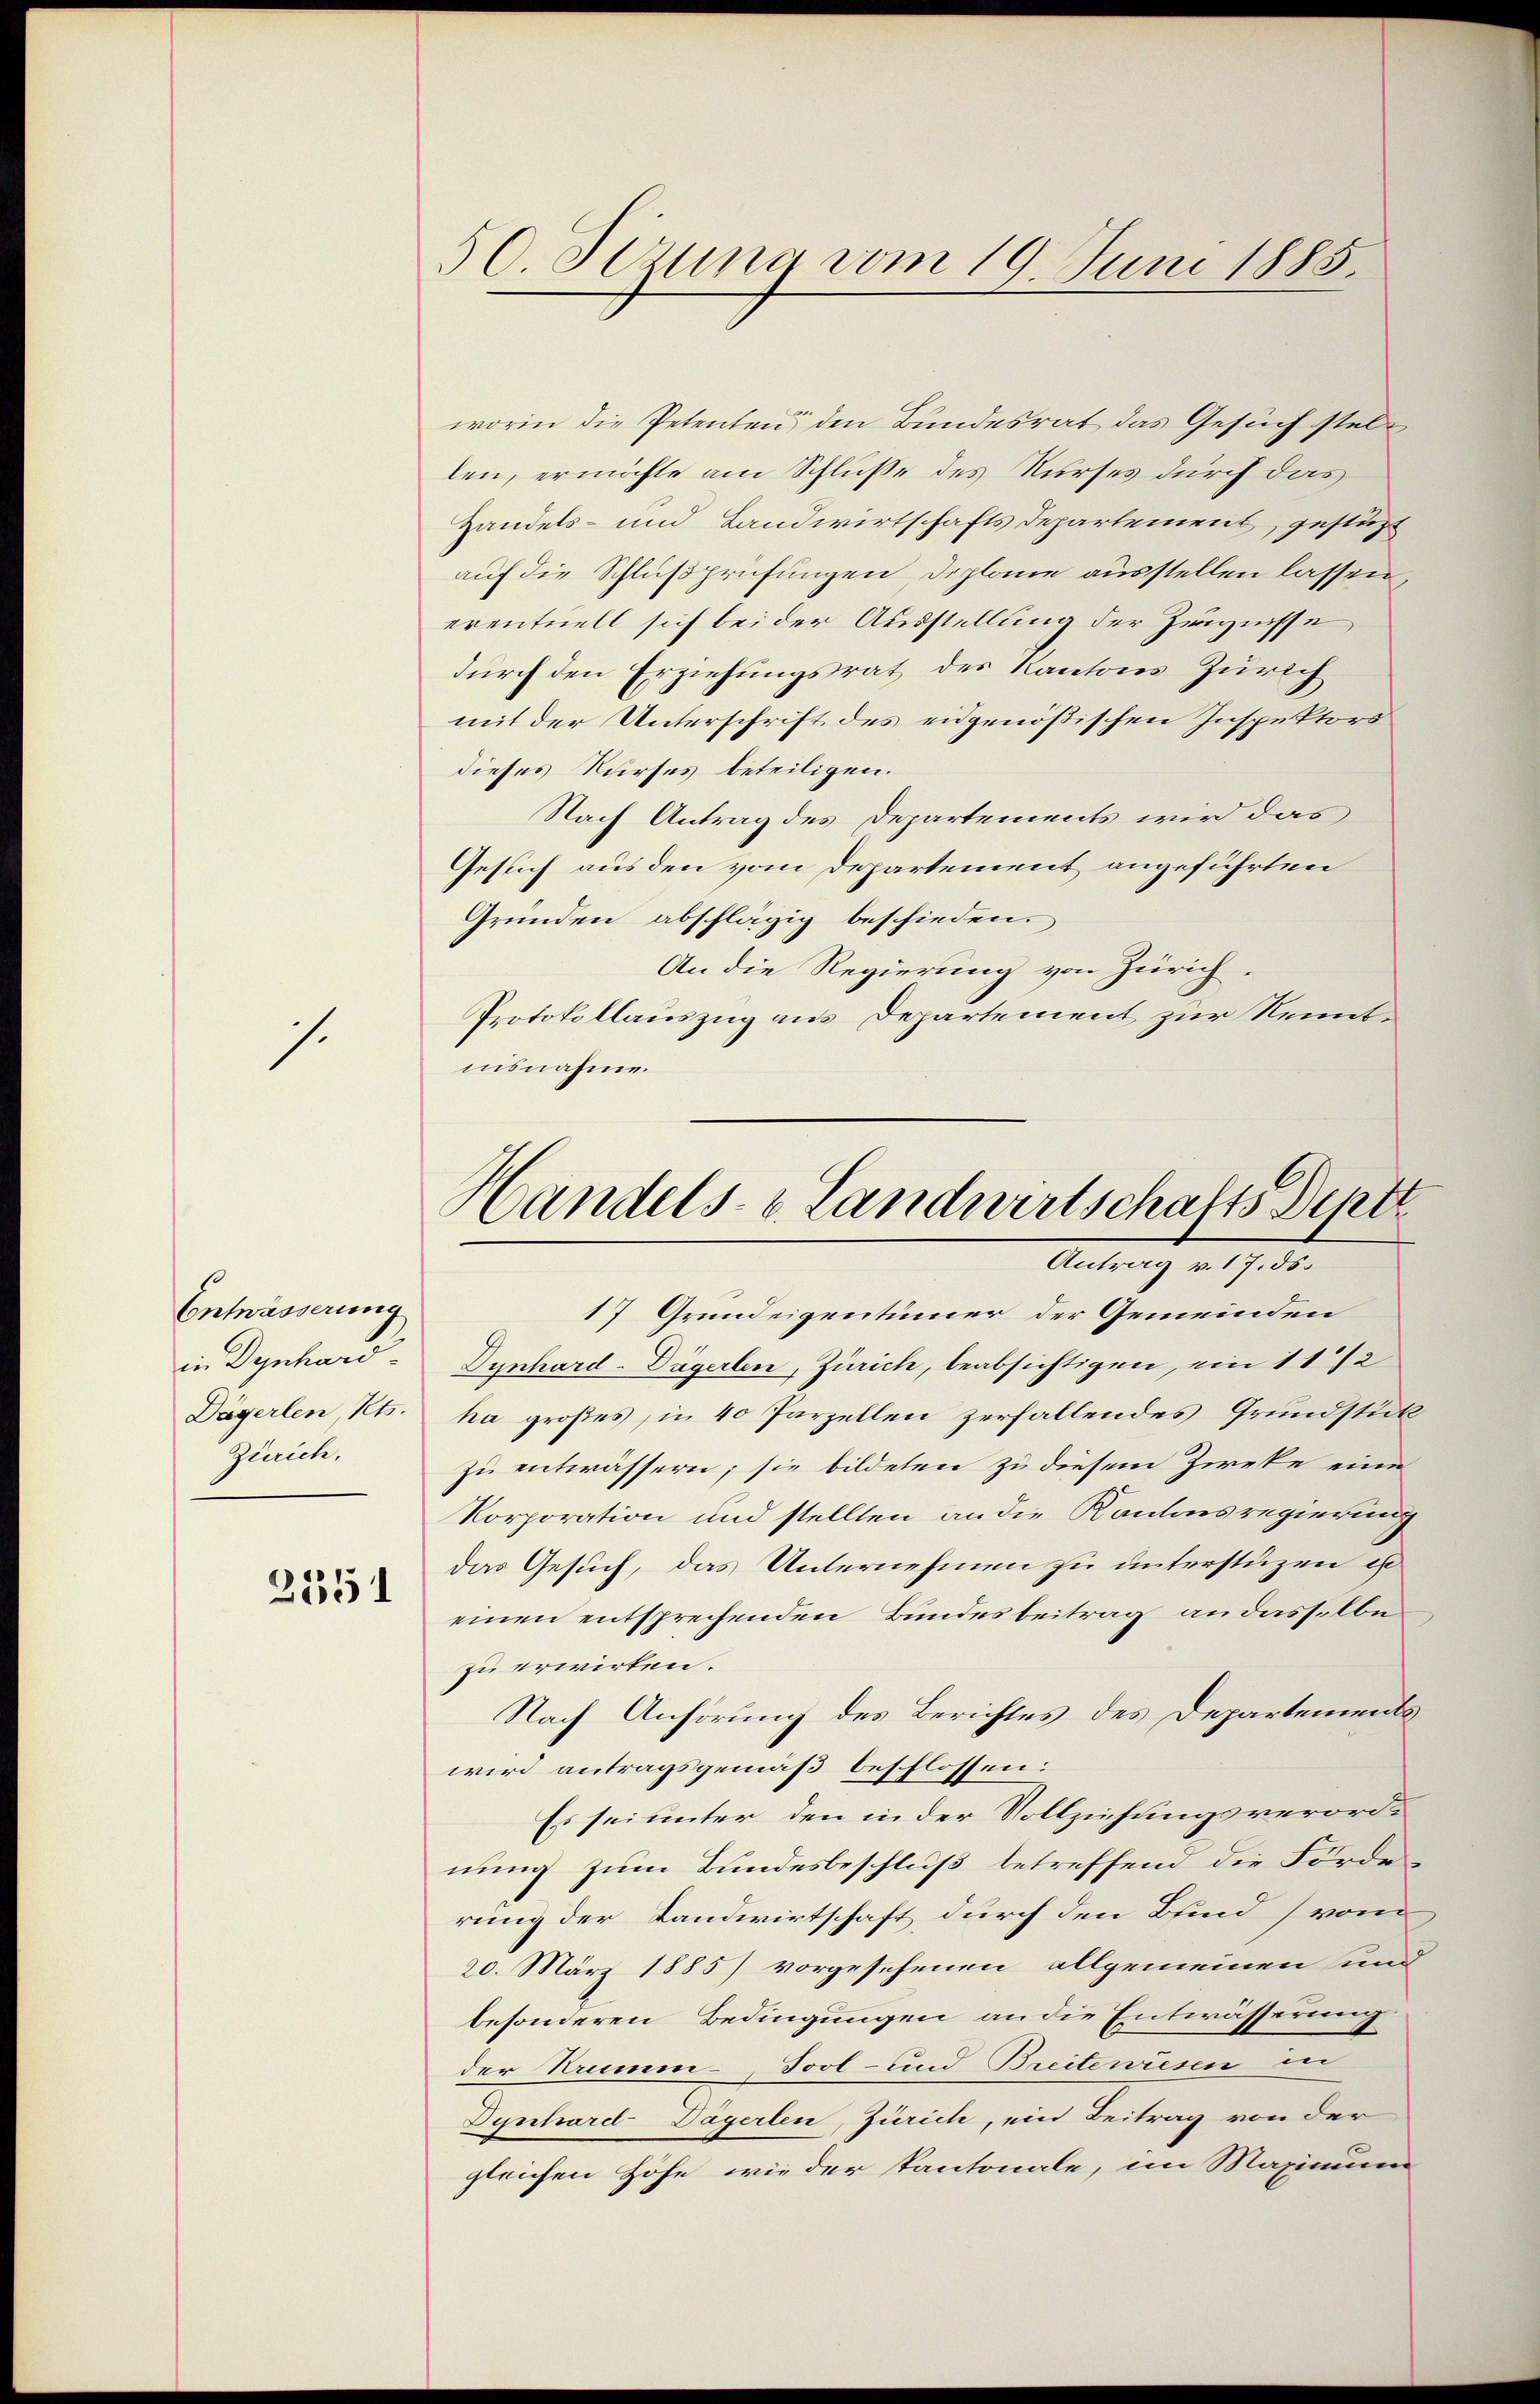
s.

Entwässerung
Zürich,

2551

50. Sizung vom 19. Juni 1885.

worin die Petenten den Bundesrat das Gesuch stellen, ermöchte am Schluße des Kurses durch das
Handels- und Landwirtschafts Departement, gestüzt
auf die Schlußprüfungen Diplane ausstellen lassen,
eventuell sich bei der Ausstellung der Zeugnisse
durch den Erziehungsrat des Kantons Zürich
mit der Unterschrift des eidgenößischen Inspektors
dieses Kurses beteiligen.
Nach Antrag des Departements wird das
Gesuch aus den vom Departement angeführten
Gründen abschlägig beschieden.
An die Regierung von Zürich.
Protokollauszug aus Departement zur Kenntnisnahme.

Handels- & Landwirtschafts Bentz
Antrag v. 17. ds.

17 Grundeigentümer der Gemeinden
in Dynhard. Dynhard-Dägerlen, Zürich, beabsichtigen, ein 1 1/2
Dägerlen, Kts. ha großes, in 40 Parzellen zerfallendes Grundstückzu entwässern; sie bildeten zu diesem Zirke eine
Korporation und stellten an die Kantonsregierung
das Gesuch, das Unternehmen zu unterstüzen ist
einen entsprechenden Bundesbeitrag an dasselbe
zu erwirken.
Nach Anhörung des Berichtes des Departementswird antragsgemäß beschlossen:
Es sei unter den in der Vollziehungsverordnung zum Bundesbeschluß betreffend die Förderung der Landwirtschaft durch den Bund vom
20. März 1885) vorgesehenen allgemeinen und
besonderen Bedingungen an die Entwässerung
der Krumen-Tool- und Breitewiesen in
Dynhard Dägerlen, Zürich, ein Beitrag von der
gleichen Höfe, wie der Pantonale, im Maximum